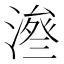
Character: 𱨥